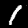
Label: 1